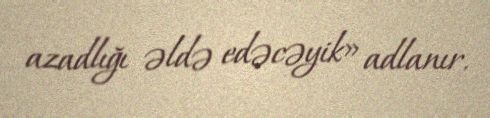
azadlığı əldə edəcəyik» adlanır.